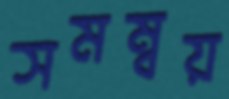
সমম্বয়